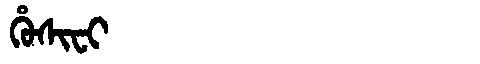
Manchu: ᡥᡠᠰᡳᠸᡳ
Romanization: HUSIFI